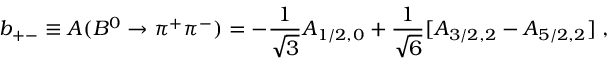
b _ { + - } \equiv A ( B ^ { 0 } \to \pi ^ { + } \pi ^ { - } ) = - \frac { 1 } { \sqrt { 3 } } A _ { 1 / 2 , 0 } + \frac { 1 } { \sqrt { 6 } } [ A _ { 3 / 2 , 2 } - A _ { 5 / 2 , 2 } ] \; ,